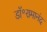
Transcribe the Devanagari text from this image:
डॉ॰रामानंद